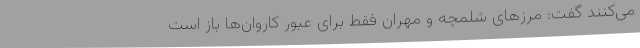
می‌کنند گفت: مرزهای شلمچه و مهران فقط برای عبور کاروان‌ها باز است